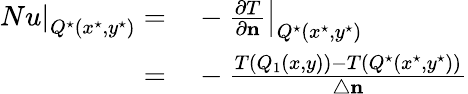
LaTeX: \begin{array}{rl}{\left.Nu\right|_{Q^{\star}(x^{\star},y^{\star})}=}&{{}-\left.\frac{\partial T}{\partial\mathbf{n}}\right|_{Q^{\star}(x^{\star},y^{\star})}}\\ {=}&{{}-\frac{T(Q_{1}(x,y))-T(Q^{\star}(x^{\star},y^{\star}))}{\triangle\mathbf{n}}}\end{array}